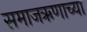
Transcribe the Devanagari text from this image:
समाजऋणाच्या